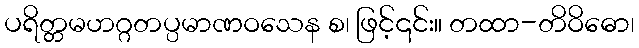
ပရိတ္တမဟဂ္ဂတပ္ပမာဏဝသေန စ၊ ဖြင့်၎င်း။ တထာ-တိဝိဓော၊